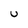
Character: U